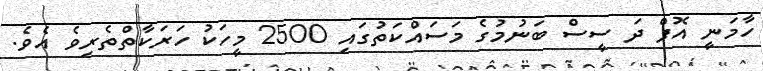
ހާމަނީ އޮފް ދަ ސީސް ބަނުމުގެ މަސައްކަތުގައި 2500 މީހަކު ހަރަކާތްތެރިވެ އެވެ.